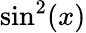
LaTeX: \sin^{2}(x)